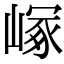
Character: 𡻑